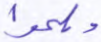
وسلموا